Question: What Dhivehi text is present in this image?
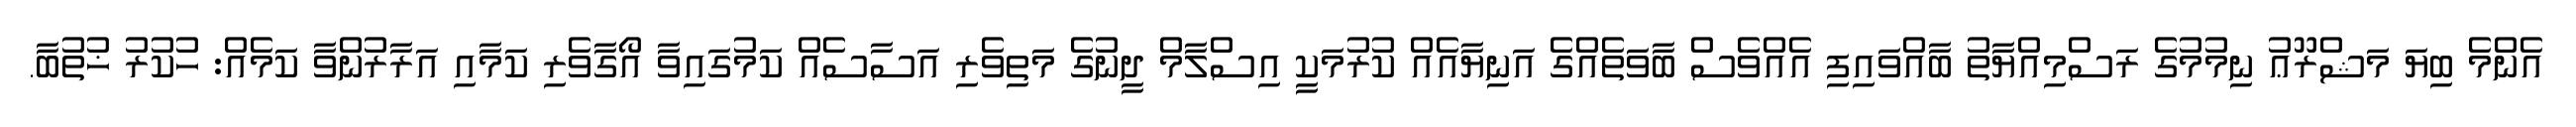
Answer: އެންމެ ބިޔަ މަޝްރޫޢު ނިމުމުގެ ރަސްމިއްޔާތު ބާއްވައިފި އެއްވެސް ބާވަތެއްގެ އަނިޔާއެއް ކުރުމަކީ އިސްލާމް ދީނުގެ މަތިވެރި އަސާސެއް ކަމުގައިވާ އޯގާވެރި ކަމާއި އަރާރުންވާ ކަމެއް: ހުކުރު ޚުތުބާ.